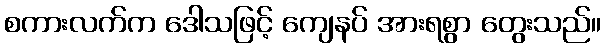
စကားလက်က ဒေါသဖြင့် ကျေနပ် အားရစွာ တွေးသည်။